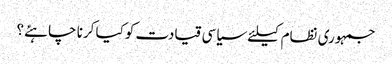
جمہوری نظام کیلئے سیاسی قیادت کوکیا کرنا چاہئے؟